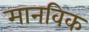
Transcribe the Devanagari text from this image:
मानविक